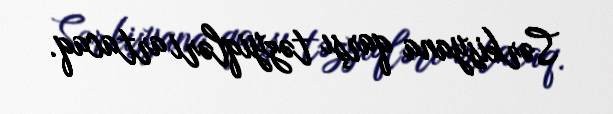
Sərkisyana qarşı təzyiqləri artacaq.